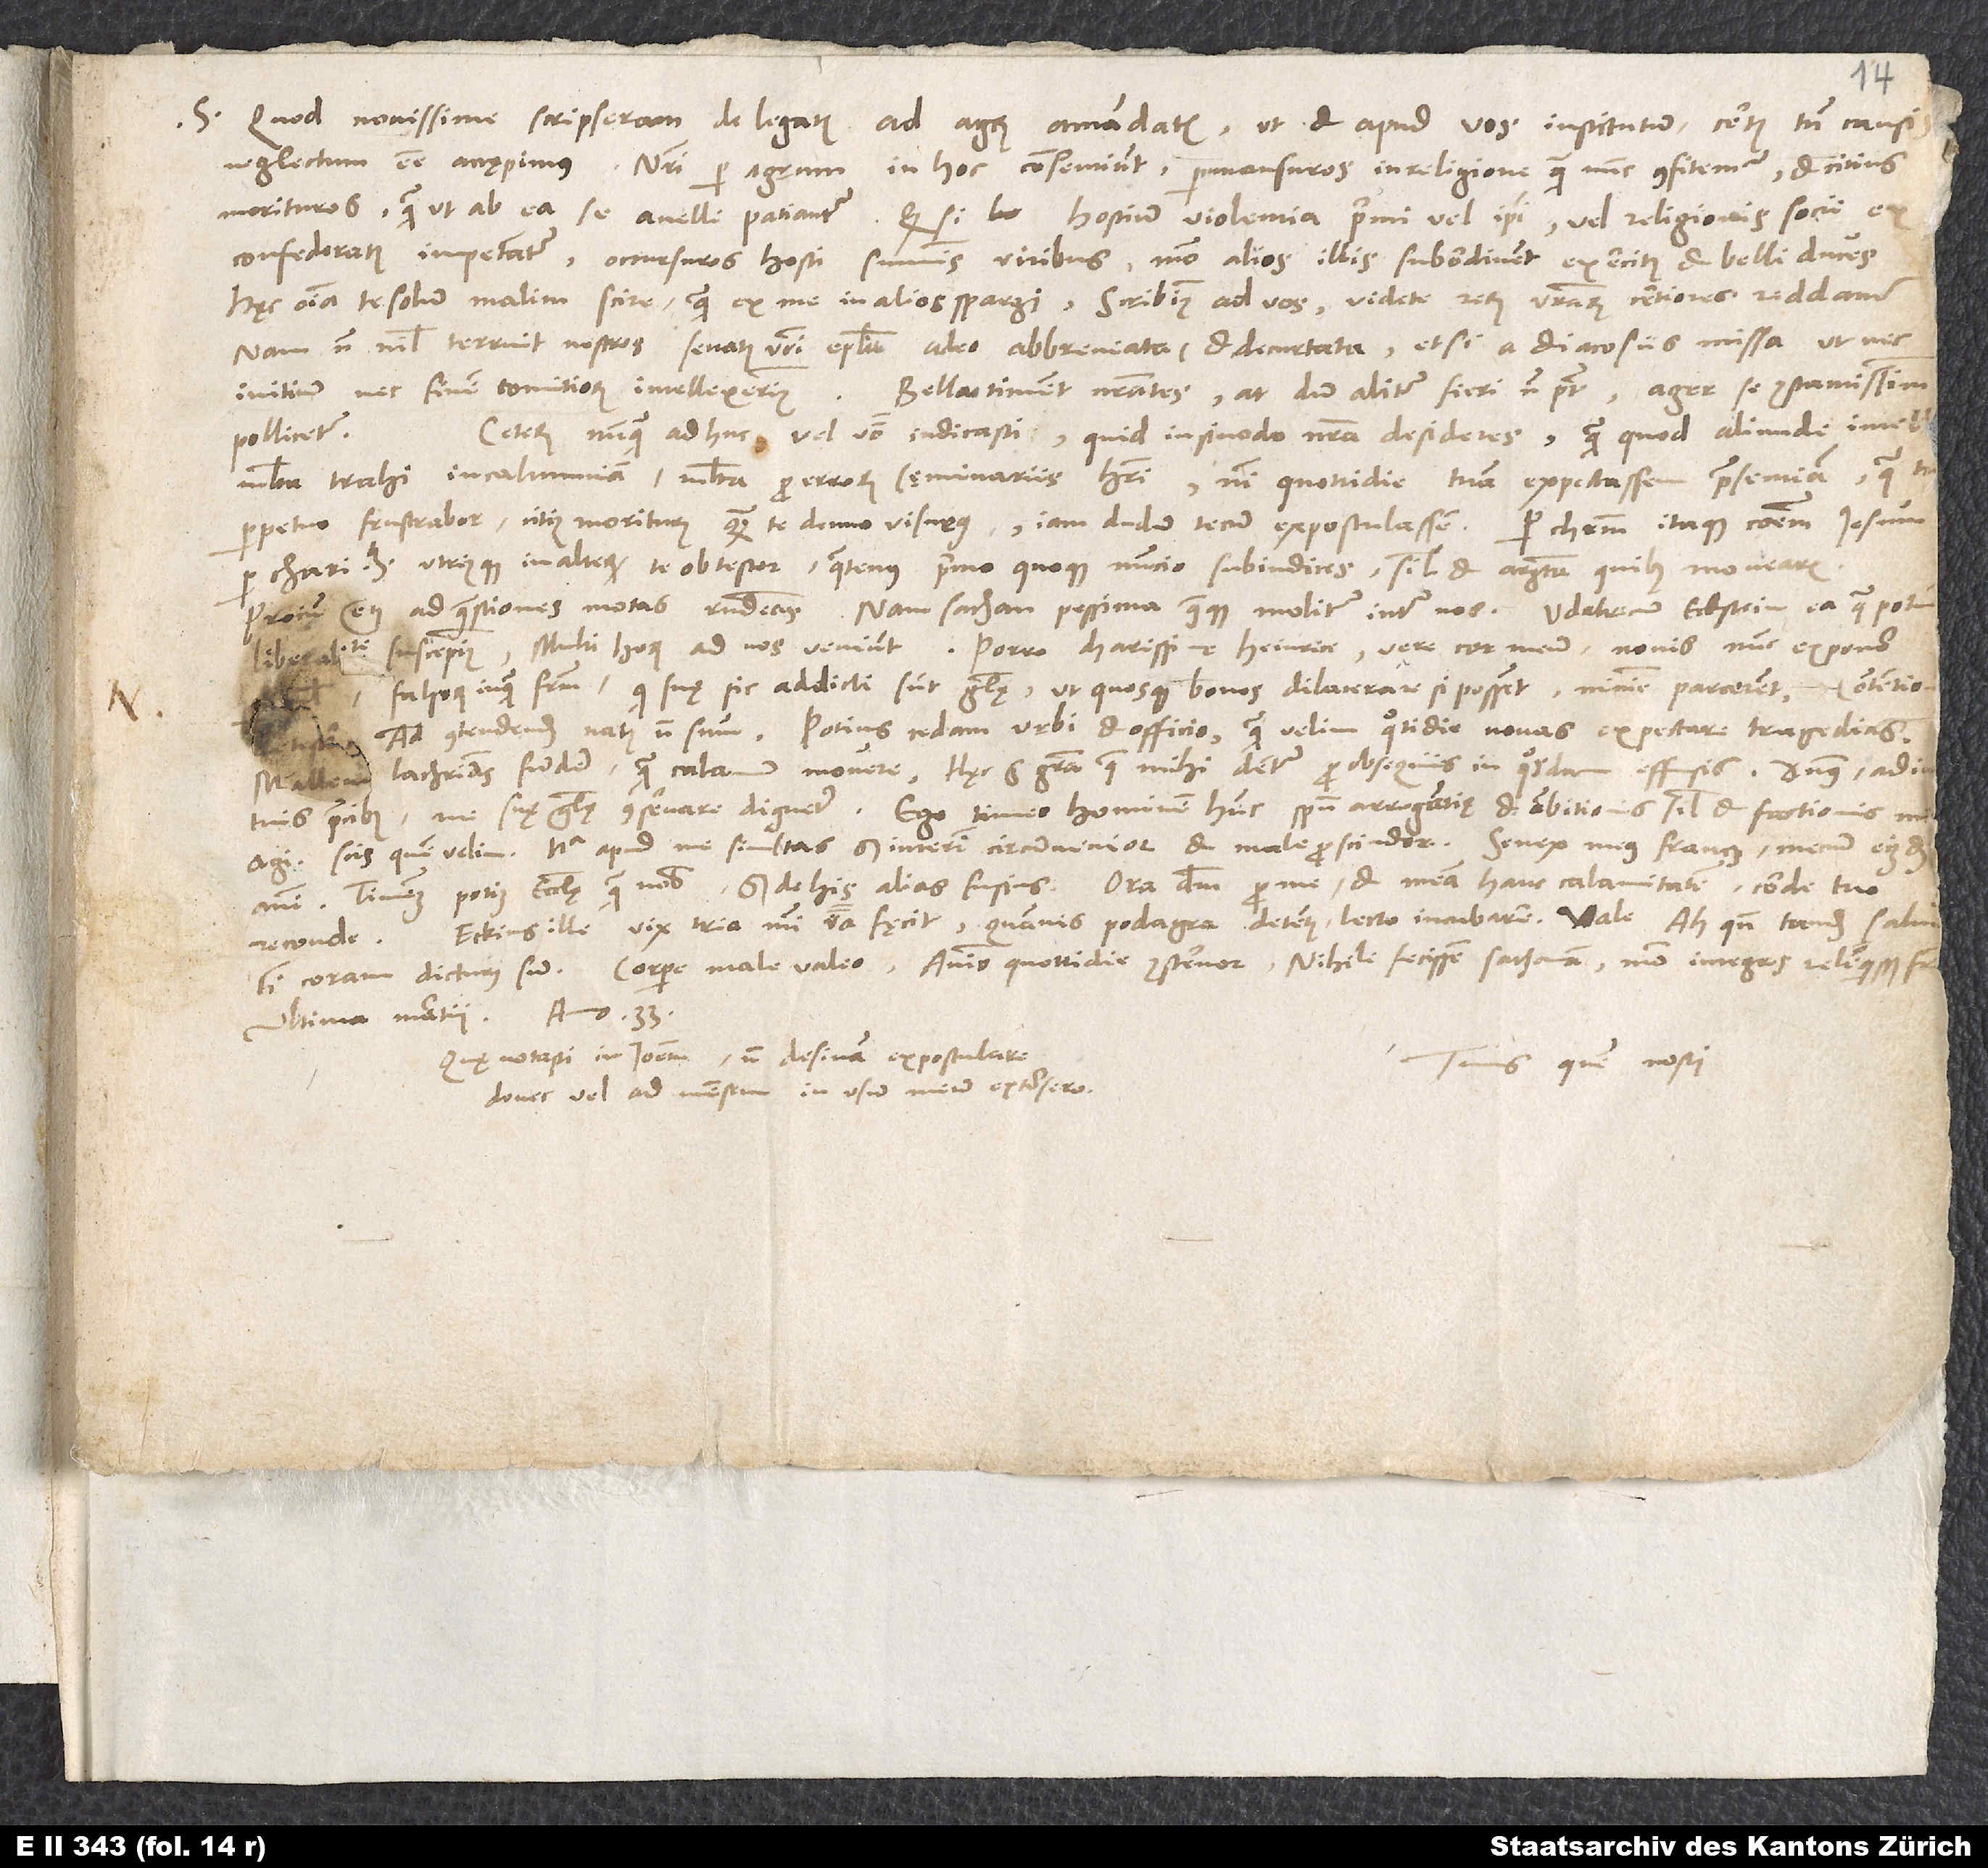
S.

Quod novissime scripseram de legatis ad agrum amandatis, ut et apud vos institutum, certis tamen causis
neglectum esse accępimus: Nostri per agrum in hoc consentiunt, permansuros in religione, quam nunc confitemur, et citius
morituros, quam ut ab ea se avelli patiantur. Quodsi hostium violentia primi vel ipsi vel religionis socii ex
confederatis impetantur, occursuros hosti summis viribus, modo alios illis subordinent exercitus et belli duces.
Haec omnia te solum malim scire, quam ex me in alios spargi. Scribimus ad vos, videte rerum vestrarum certiores reddamur.
Nam non nihil terruit nostros senatus vestri epistola adeo abbreviata et decurtata, etsi a diacosiis missa, ut nec
Bella timent nostrates, at dum aliter fieri non potest, ager se constantissirn
initium nec finem comitiorum intellexerimus.
Ceterum nunquam adhuc vel verbo indicasti, quid in sinodo nostra desideres, quam quod aliunde intell,
pollicetur.
multa trahi in calumniam, multa pro errorum sęminariis haben. Nisi quottidie tuam expectassem praesentiam, qua tamen
perpetuo frustrabor citius moriturus quam te denuo visurus, iam dudum tecum expostulassem. Per Christum itaque communem Iesum,
per charitatem utriusque in alterum te obtestor, quatenus primo quoque nuncio subindices, simul et argumenta, quibus movearis,
falsorum inquam fratrum, qui suę sic addicti sunt gloriae, ut quosque bonos dilacerare si possent, minime parcerent. Contentio
agi. Scis, quem velim. Nulla apud me simultas, sed interim circumvenior et male proscindor. Senex meus Francus mecum eiusdem
animi. Timemus potius ecclesię quam nobis. Sed de his alias fusius. Ora dominum pro me et meam hanc calamitatem corde tuo
reconde.
tibi coram dicturus sum? Corpore male valeo, animo quottidie consternor. Nihili fecissem sathanam, modo integros reliquisset fr.
Ultima martii anno 33.
Quę notasti in Ioannem, non desinam expostulare,
Tuus quem nosti.
donec vel ad mensem in usum meum extorsero.